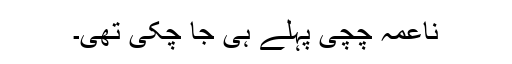
ناعمہ چچی پہلے ہی جا چکی تھی۔